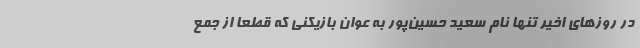
در روزهای اخیر تنها نام سعید حسین‌پور به عوان بازیکنی که قطعا از جمع